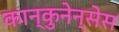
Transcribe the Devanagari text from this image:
कान्कुनेन्सेस